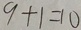
9 + 1 = 1 0